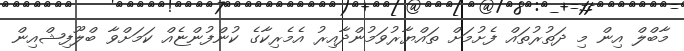
މާބްލް އިން މި ދަތުރުތައް ފެށުމަށް ތައްޔާރުވަމުންދާއިރު އެމެރިކާގެ ކުންފުންޏެއް ކަމަށްވާ ބްލޫފިޝްއިން